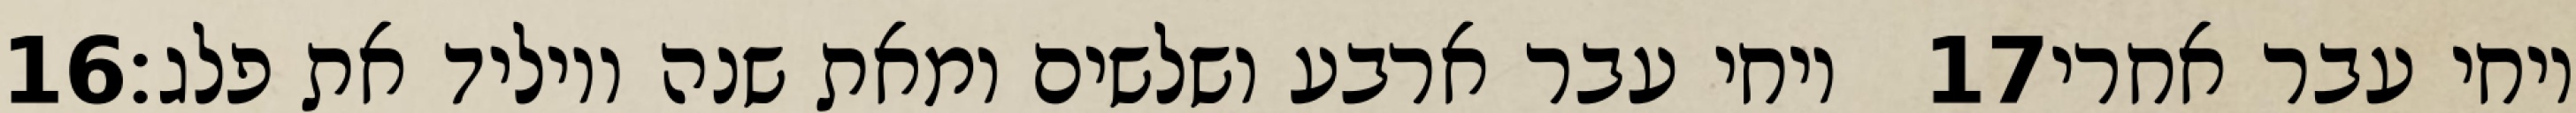
‎16‏ ויחי עבר ארבע ושלשים ומאת שנה ויוליד את פלג׃ ‎17‏ ויחי עבר אחרי